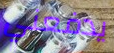
يدفعني